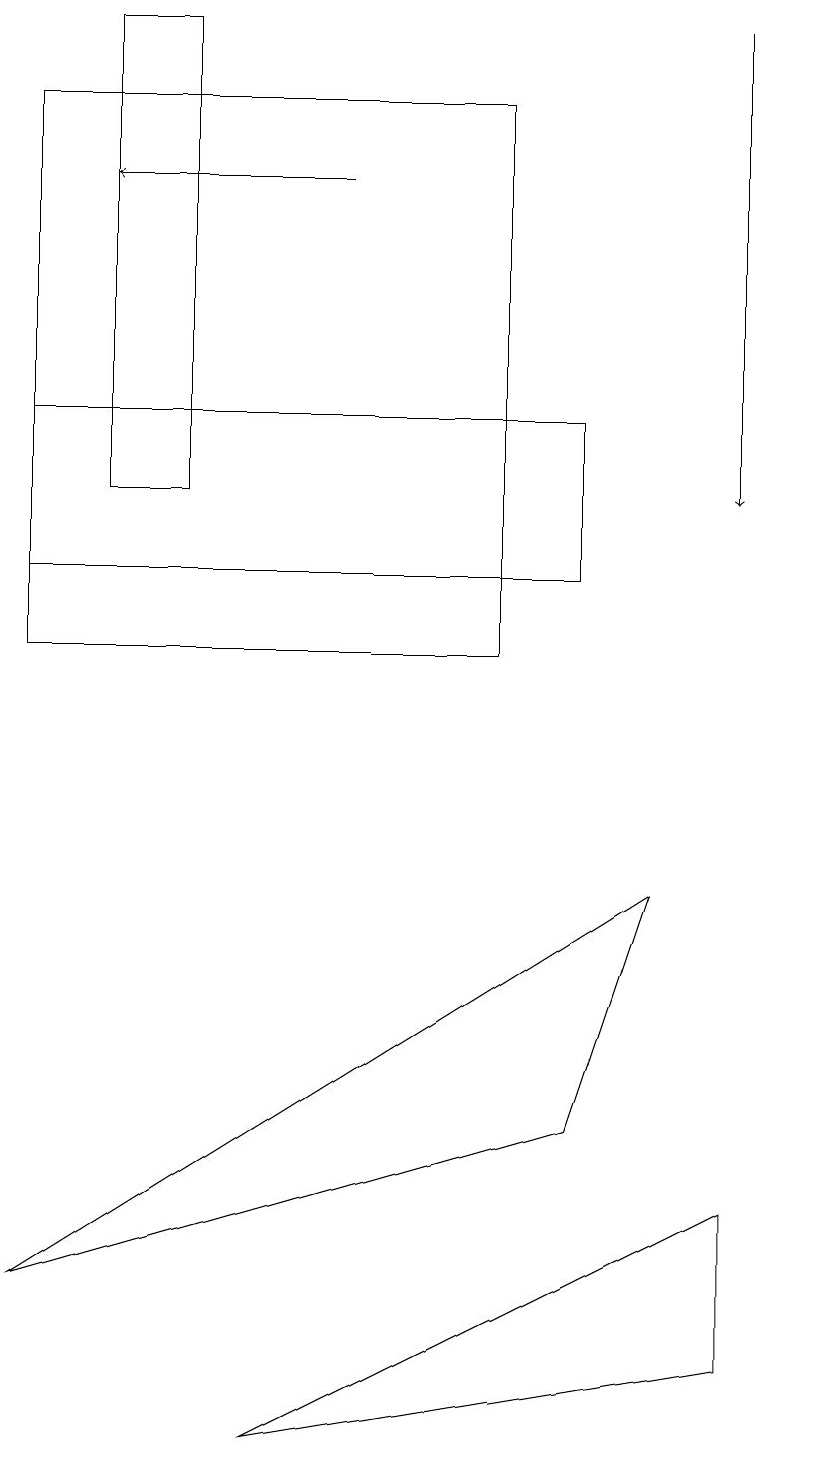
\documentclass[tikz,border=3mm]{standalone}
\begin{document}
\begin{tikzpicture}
\draw (1,13) rectangle (2,19);
\draw (9,2) -- (9,4) -- (3,1) -- cycle;
\draw[->] (9,19) -- (9,13);
\draw (0,14) rectangle (7,12);
\draw (10,11) circle (0);
\draw[->] (4,17) -- (1,17);
\draw (7,5) -- (0,3) -- (8,8) -- cycle;
\draw (6,18) rectangle (0,11);
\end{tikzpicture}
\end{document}